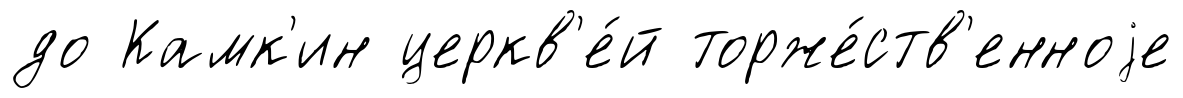
до Камк'ин церкв'е́й торже́ств'енноjе